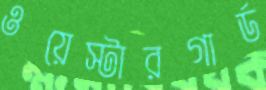
ওয়েস্টারগার্ড